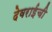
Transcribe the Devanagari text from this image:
देवराईची